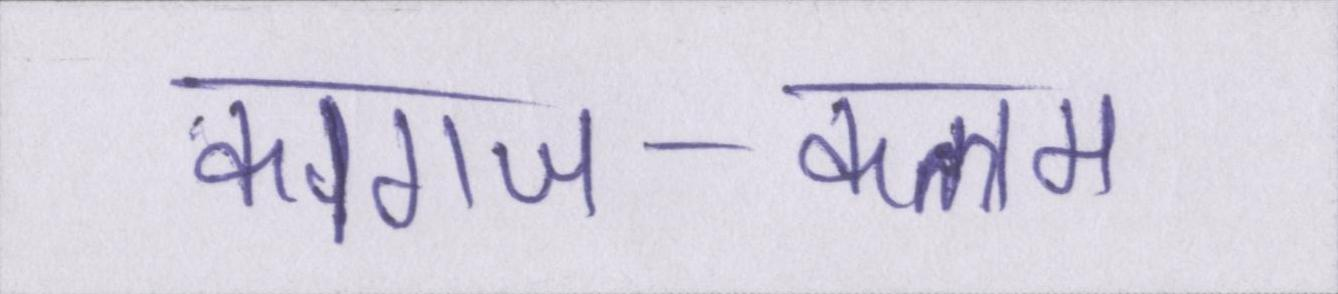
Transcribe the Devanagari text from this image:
कागज-कलम